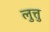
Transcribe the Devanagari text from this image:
लुत्तु